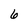
Character: 6